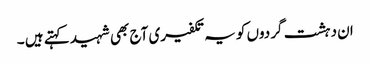
ان دہشت گردوں کو یہ تکفیری آج بھی شہید کہتے ہیں ۔